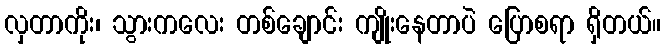
လှတာကိုး၊ သွားကလေး တစ်ချောင်း ကျိုးနေတာပဲ ပြောစရာ ရှိတယ်။